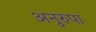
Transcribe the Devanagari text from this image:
अनुरुपा